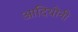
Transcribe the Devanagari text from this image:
आदियोनी